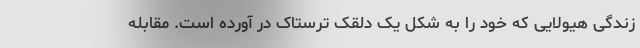
زندگی هیولایی که خود را به شکل یک دلقک ترستاک در آورده است. مقابله